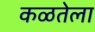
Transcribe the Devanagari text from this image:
कळतेला